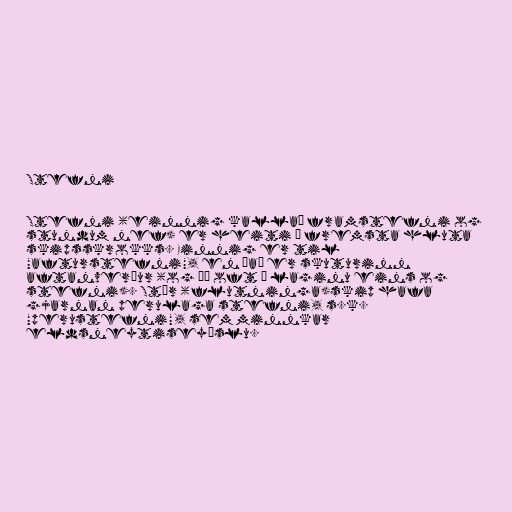
Stefni

Stefni (einnig kallað framstefni og
stundum nef) er heiti á fremsta hluta
skipsskrokks. Einnig er til
"afturstefni", en það er skuturinn
aftanverður (og þá oft í laginu eins og
stefni). Stór (flutninga)skip hafa
gjarnan perulaga stefni, s.k.
"perustefni", sem minnkar
eldsneytiseyðslu.